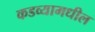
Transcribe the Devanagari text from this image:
कडव्यामधील